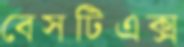
বেসটিএক্স